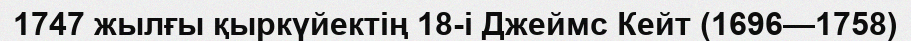
1747 жылғы қыркүйектің 18-і Джеймс Кейт (1696—1758)